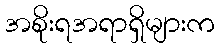
အစိုးရအရာရှိများက